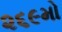
૨૬૯મો